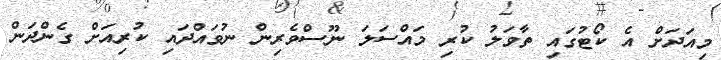
މިއަދަށް އެ ކޯޓުގައި ތާވަލު ކުރި މައްސަލަ ނޫސްވެރިން ނުވައްދައި ކުރިއަށް ގެންދަން